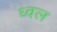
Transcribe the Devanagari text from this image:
ध्वल